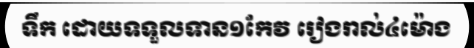
ទឹក ដោយទទួលទាន១កែវ រៀងរាល់៤ម៉ោង